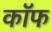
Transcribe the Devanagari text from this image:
कॉफ